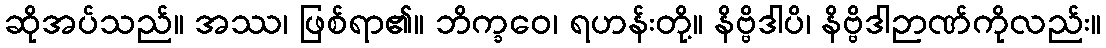
ဆိုအပ်သည်။ အဿ၊ ဖြစ်ရာ၏။ ဘိက္ခဝေ၊ ရဟန်းတို့။ နိဗ္ဗိဒါပိ၊ နိဗ္ဗိဒါဉာဏ်ကိုလည်း။